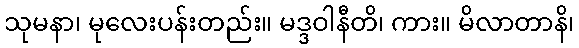
သုမနာ၊ မုလေးပန်းတည်း။ မဒ္ဒဝါနီတိ၊ ကား။ မိလာတာနိ၊